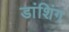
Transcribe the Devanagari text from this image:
डांशिंग